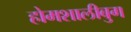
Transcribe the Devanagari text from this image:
होमशालीबुग